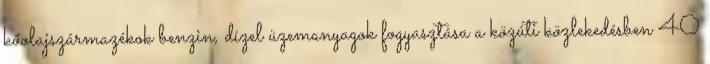
kőolajszármazékok benzin, dízel üzemanyagok fogyasztása a közúti közlekedésben 40